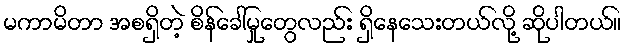
မကာမိတာ အစရှိတဲ့ စိန်ခေါ်မှုတွေလည်း ရှိနေသေးတယ်လို့ ဆိုပါတယ်။